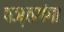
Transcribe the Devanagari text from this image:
पञ्चगंगा